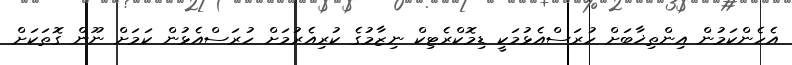
އެެހެންކަމުން އިންތިޚާބަށް ހުރަސްއެޅުމަކީ ޑިމޮކްރެޓިކް ނިޒާމުގެ ކުރިއެރުމަށް ހުރަސްއެޅުން ކަމަށް ނޫން ގޮތަކަށް